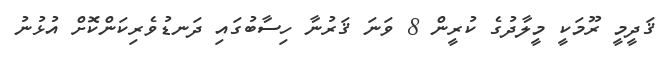
ޤަދީމީ ރޫމަކީ މީލާދުގެ ކުރީން 8 ވަނަ ޤަރުނާ ހިސާބުގައި ދަނޑުވެރިކަންކޮށް އުޅުނު